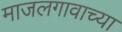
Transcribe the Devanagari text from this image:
माजलगावाच्या